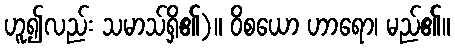
ဟူ၍လည်း သမာသ်ရှိ၏)။ ဝိစယော ဟာရော၊ မည်၏။